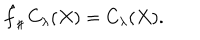
\hat { f } _ { \sharp } \, C _ { \lambda } ( X ) = C _ { \lambda } ( X ) .